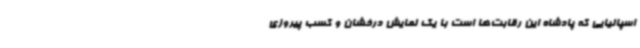
اسپانیایی که پادشاه این رقابت‌ها است با یک نمایش درخشان و کسب پیروزی